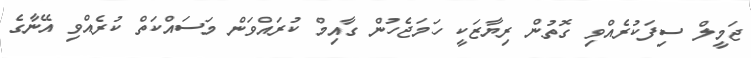
ޖަމީލް ސިފަކުރެއްވި ގޮތުން ރިޔާޒަކީ ހަމަޖެހުން ގާއިމް ކުރައްވަން މަސައްކަތް ކުރެއްވި އޭނާގެ